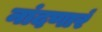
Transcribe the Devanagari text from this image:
नांदणारं